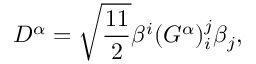
D ^ { \alpha } = \sqrt { \frac { 1 1 } { 2 } } \beta ^ { i } ( G ^ { \alpha } ) _ { i } ^ { j } \beta _ { j } ,